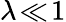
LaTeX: \lambda\! \ll\! 1